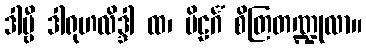
ဒါဗ္ဗီ ဒါရုဟလိဒ္ဒါ ထ၊ ဗိဠင်္ဂံ စိတြတဏ္ဍုလာ။